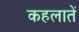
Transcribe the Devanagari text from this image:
कहलातें